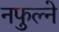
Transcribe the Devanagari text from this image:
नफुल्ने